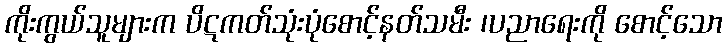
ကိုးကွယ်သူများက ပိဋကတ်သုံးပုံစောင့်နတ်သမီး ၊ပညာရေးကို စောင့်သော